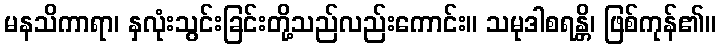
မနသိကာရာ၊ နှလုံးသွင်းခြင်းတို့သည်လည်းကောင်း။ သမုဒါစရန္တိ၊ ဖြစ်ကုန်၏။